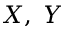
X , ~ Y